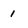
Character: 1